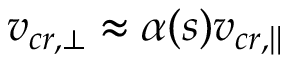
v _ { c r , \bot } \approx \alpha ( s ) v _ { c r , \| }